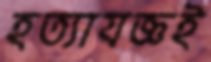
হত্যাযজ্ঞই